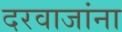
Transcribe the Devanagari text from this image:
दरवाजांना